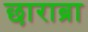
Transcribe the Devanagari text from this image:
छाराब्रा